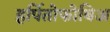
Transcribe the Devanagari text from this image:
हर्पितोफोबिअ